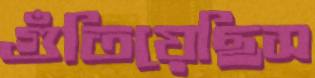
গুঁতিয়েছিস